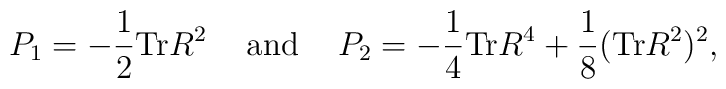
P_{1} = - \frac{1}{2} {\rm Tr}R^2 \hspace{5mm} {\rm and} \hspace{5mm} P_{2} = - \frac{1}{4} {\rm Tr}R^4 + \frac{1}{8} ({\rm Tr}R^2)^2,